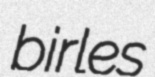
birles